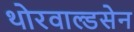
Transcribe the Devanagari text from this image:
थोरवाल्डसेन